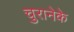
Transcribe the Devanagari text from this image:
चुरानेके